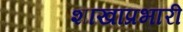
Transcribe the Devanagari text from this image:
शाखाप्रभारी